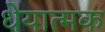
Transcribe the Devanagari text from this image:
धेयात्मक